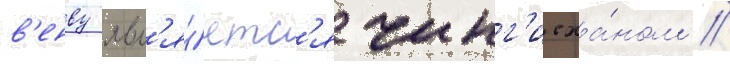
в'енву явл'я́етс'я чинг'исха́ном //